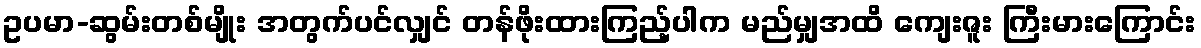
ဥပမာ-ဆွမ်းတစ်မျိုး အတွက်ပင်လျှင် တန်ဖိုးထားကြည့်ပါက မည်မျှအထိ ကျေးဇူး ကြီးမားကြောင်း